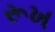
રૂખ